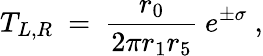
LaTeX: T_{L,R}~=~\frac{r_{0}}{2\pi r_{1}r_{5}}~e^{\pm\sigma}~,